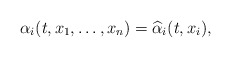
\begin{align*}\alpha_i(t,x_1,\ldots,x_n) = \widehat\alpha_i(t,x_i),\end{align*}